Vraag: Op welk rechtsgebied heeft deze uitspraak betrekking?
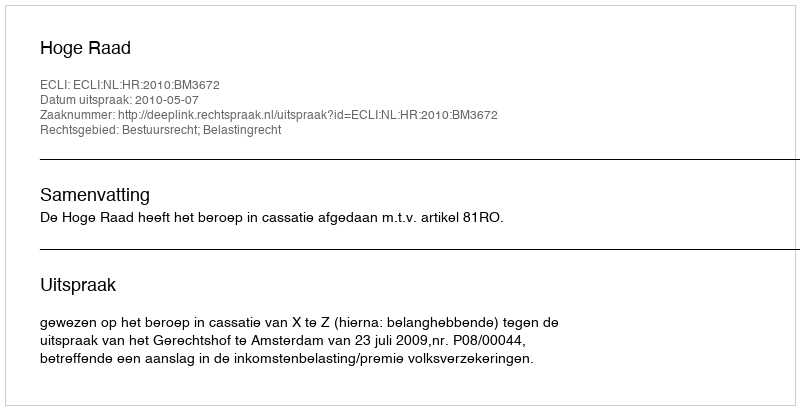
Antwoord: Bestuursrecht; Belastingrecht